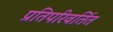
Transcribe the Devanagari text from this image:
प्रतिपरिवर्तित